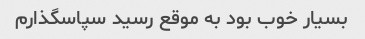
بسیار خوب بود به موقع رسید سپاسگذارم